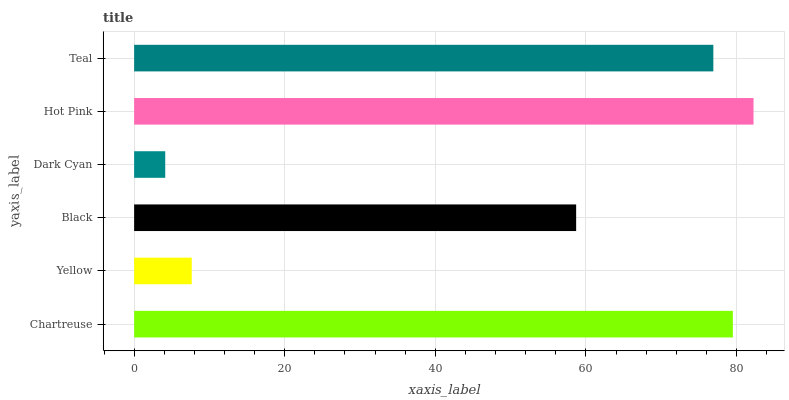
| yaxis_label | bars |
 | --- | --- |
 | Chartreuse | 79.5 |
 | Yellow | 7.66 |
 | Black | 58.7 |
 | Dark Cyan | 4.13 |
 | Hot Pink | 82.3 |
 | Teal | 76.9 |